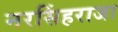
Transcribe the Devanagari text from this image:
नरसिंहराजा